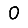
Digit: 0